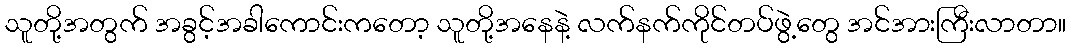
သူတို့အတွက် အခွင့်အခါကောင်းကတော့ သူတို့အနေနဲ့ လက်နက်ကိုင်တပ်ဖွဲ့တွေ အင်အားကြီးလာတာ။